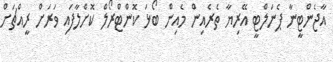
އާޖެންޓީނާ ޕެނަލްޓީ އޭރިޔާ ތެރެއިން މެއިން ބޯޅަ ކޮންޓްރޯލް ކޮށްލާފައި ވަރަށް ރީއްޗަށް